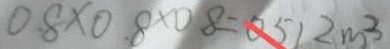
0 . 8 \times 0 . 8 \times 0 . 8 = 0 . 5 1 2 m ^ { 3 }